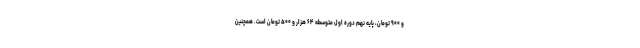
و ۹۰۰ تومان، پایه نهم دوره اول متوسطه ۶۴ هزار و ۵۰۰ تومان است. همچنین